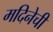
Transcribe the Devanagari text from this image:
मदिनेची